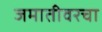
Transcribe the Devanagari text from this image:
जमातीवरचा